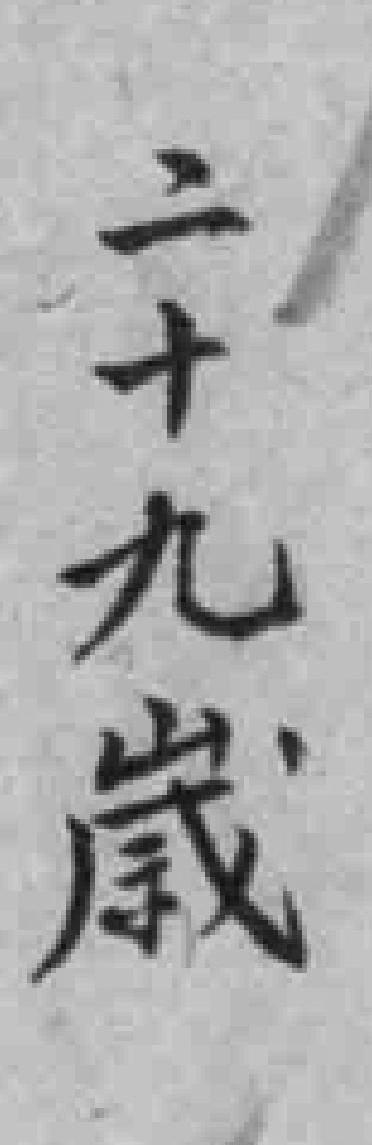
二十九歲